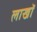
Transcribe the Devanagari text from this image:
लाखॉ